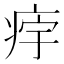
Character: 𱱔